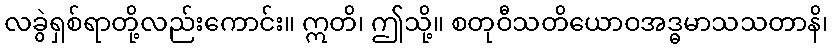
လခွဲရှစ်ရာတို့လည်းကောင်း။ ဣတိ၊ ဤသို့။ စတုဝီသတိယောဝအဒ္ဓမာသသတာနိ၊